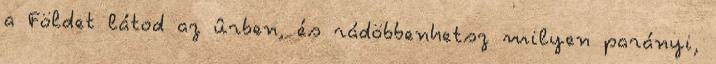
a Földet látod az ûrben, és rádöbbenhetsz milyen parányi,